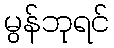
မွန်ဘုရင်